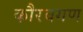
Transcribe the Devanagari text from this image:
कौरवगण